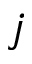
j